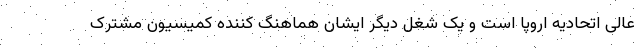
عالی اتحادیه اروپا است و یک شغل دیگر ایشان هماهنگ کننده کمیسیون مشترک